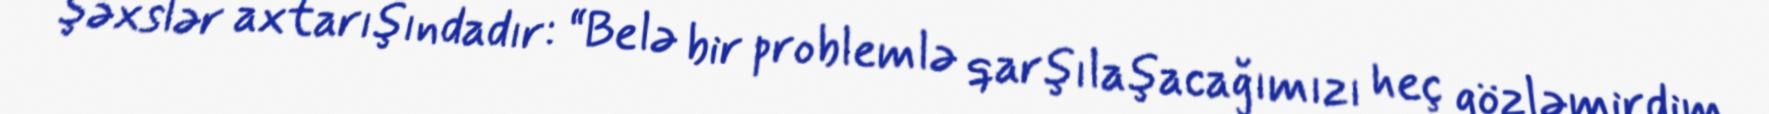
şəxslər axtarışındadır: “Belə bir problemlə qarşılaşacağımızı heç gözləmirdim.